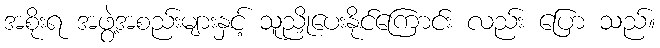
အစိုးရ အဖွဲ့အစည်းများနှင့် သူညှိုပေးနိုင်ကြောင်း လည်း ပြော သည်။